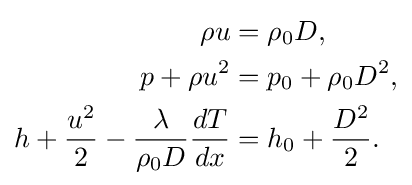
{\begin{aligned}\rho u&=\rho _{0}D,\\p+\rho u^{2}&=p_{0}+\rho _{0}D^{2},\\h+{\frac {u^{2}}{2}}-{\frac {\lambda }{\rho _{0}D}}{\frac {dT}{dx}}&=h_{0}+{\frac {D^{2}}{2}}.\end{aligned}}